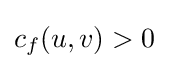
c_{f}(u,v)>0